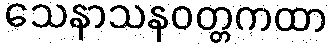
သေနာသနဝတ္တကထာ